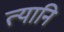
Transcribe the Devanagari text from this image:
त्यानि